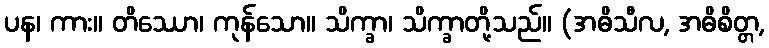
ပန၊ ကား။ တိဿော၊ ကုန်သော။ သိက္ခာ၊ သိက္ခာတို့သည်။ (အဓိသီလ, အဓိစိတ္တ,